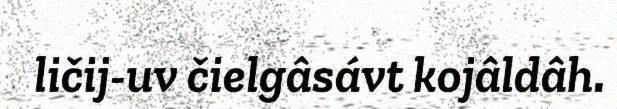
ličij-uv čielgâsávt kojâldâh.